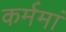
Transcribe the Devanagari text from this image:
कर्ममां